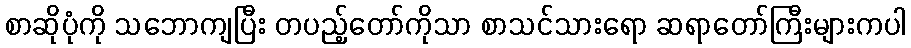
စာဆိုပုံကို သဘောကျပြီး တပည့်တော်ကိုသာ စာသင်သားရော ဆရာတော်ကြီးများကပါ